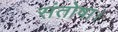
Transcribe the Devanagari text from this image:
संतोषा।